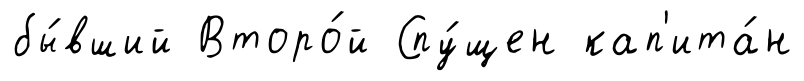
бы́вший Второ́й Спу́щен кап'ита́н